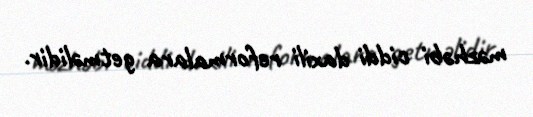
məzhəbi ciddi daxili reformalara getməlidir.